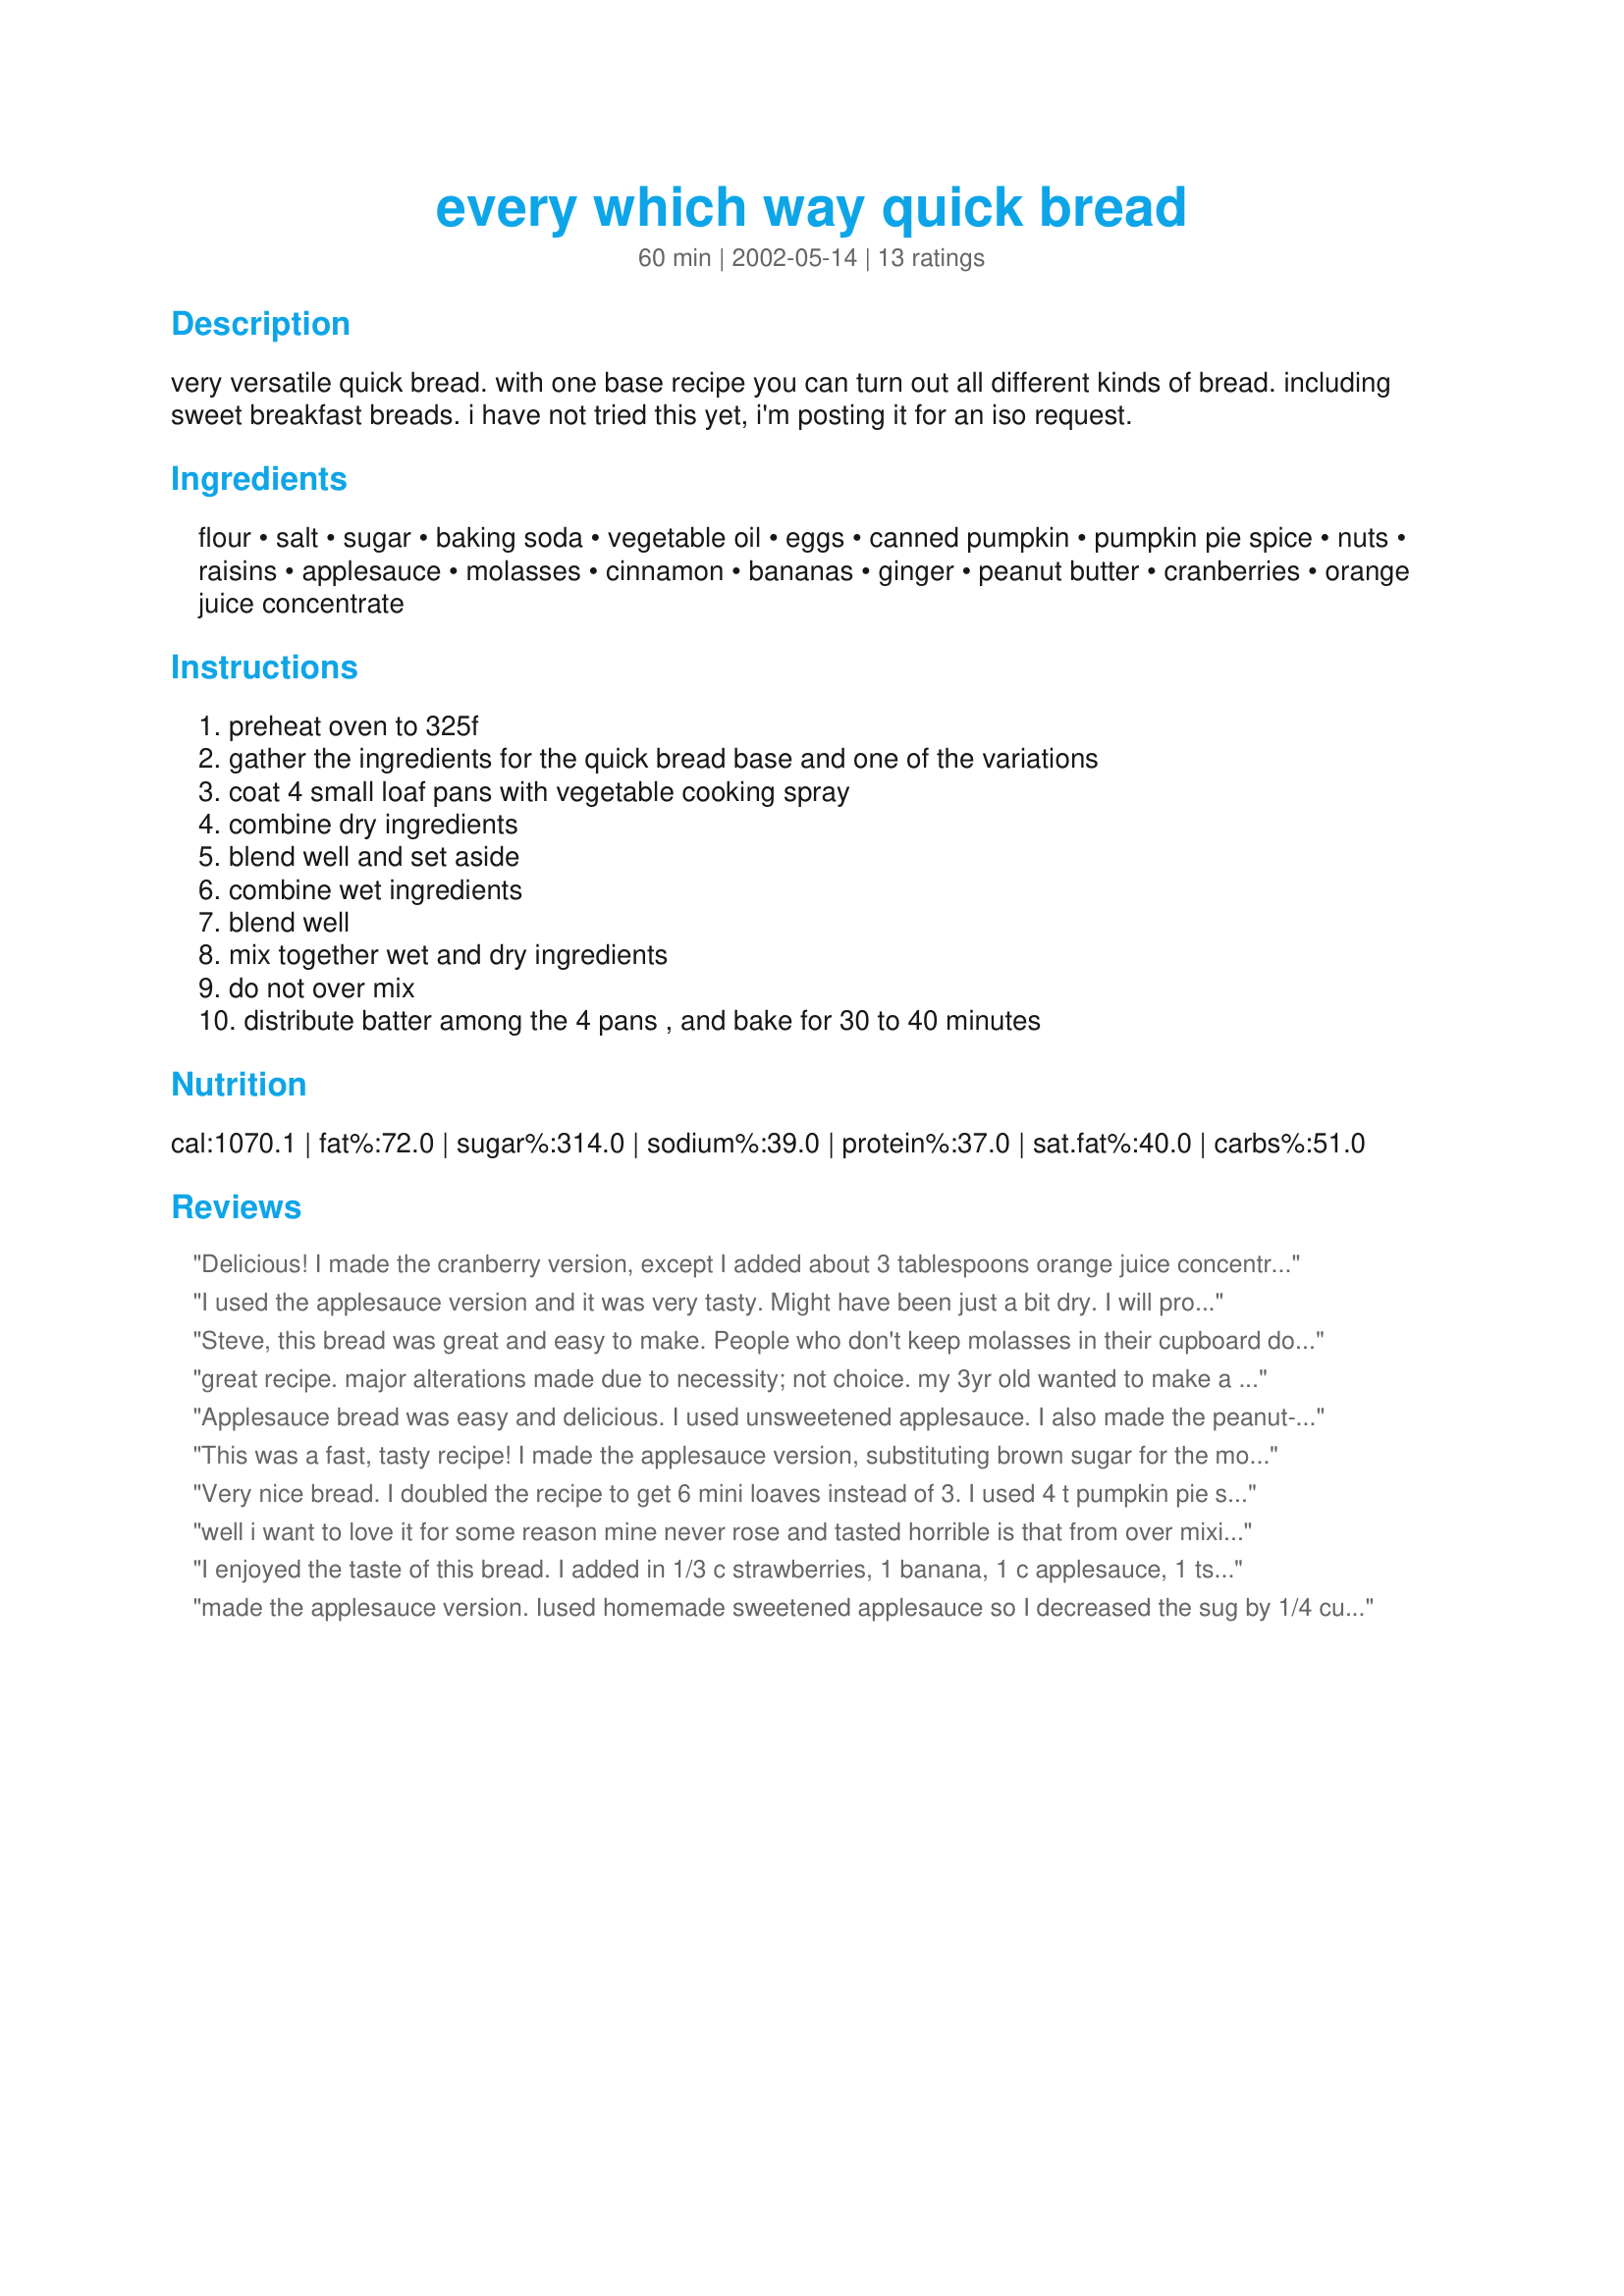
every which way quick bread
Preparation time: 60 minutes

very versatile quick bread. with one base recipe you can turn out all different kinds of bread. including sweet breakfast breads. i have not tried this yet, i'm posting it for an iso request.

Ingredients:
flour, salt, sugar, baking soda, vegetable oil, eggs, canned pumpkin, pumpkin pie spice, nuts, raisins, applesauce, molasses, cinnamon, bananas, ginger, peanut butter, cranberries, orange juice concentrate

Steps:
preheat oven to 325f, gather the ingredients for the quick bread base and one of the variations, coat 4 small loaf pans with vegetable cooking spray, combine dry ingredients, blend well and set aside, combine wet ingredients, blend well, mix together wet and dry ingredients, do not over mix, distribute batter among the 4 pans , and bake for 30 to 40 minutes

Reviews:
Delicious! I made the cranberry version, except I added about 3 tablespoons orange juice concentrate instead of 1, and added about half a cup of ground pecans. Ahhmaaazzinnggg. :)
I used the applesauce version and it was very tasty. Might have been just a bit dry. I will probably add butter next time instead of oil and increase the amount just a tad.
Steve, this bread was great and easy to make.
People who don't keep molasses in their cupboard don't know what they are missing. The applesauce and molasses was fantastic.
I had to bake it longer because I did it in one loaf pan. I will try the other versions too.
Thanks. Dottie5
great recipe. major alterations made due to necessity; not choice. my 3yr old wanted to make a quick bread today like the molasses bread we get at wholefoods so i tried this but had to sub butter for the oil, and did half cup brown sugar and half reg.sugar and 1TB molasses. then realised we had no bread tins so we put it in muffin tins and when just about done topped them with some brown muscavado sugar. they came out incredibly delicious. the rose high like the large muffins in a coffee shop but the centers fell a bit which didnt matter as the taste was, as my daughter put it, "divine". very simple recipe and as stated, versatile. thanks for sharing.
Applesauce bread was easy and delicious. I used unsweetened applesauce. I also made the peanut-butter banana bread, which was fantastic!
This was a fast, tasty recipe! I made the applesauce version, substituting brown sugar for the molasses. I made one full loaf, and did not find any problems with rising. It is very dense and moist though.I baked at 350 degrees F for about an hour, and I think it could have used just a tad more time in the oven. Next time I will cut back on the sugar to 3/4 cup. Thanks for an easy and delicious recipe!
Very nice bread. I doubled the recipe to get 6 mini loaves instead of 3. I used 4 t pumpkin pie spice with the applesauce molasses mix. Was done at 30 minutes when cooked at 350 in my oven. Thank you so much for the keeper. That's a couple more gifts done. =)
well i want to love it for some reason mine never rose and tasted horrible is that from over mixing?? i really am looking forward to trying this again but worried about if it will turn out any suggestions?
I enjoyed the taste of this bread. I added in 1/3 c strawberries, 1 banana, 1 c applesauce, 1 tsp cinnamon for my variation. It did not rise as much as I thought it would and just made 1 large loaf as opposed to 4 smaller ones. (When poured into 4 small pans it did not look to be enough for 4) so used a regular loaf pan. The texture and taste were very nice. Thank you. photo incl.
made the applesauce version. Iused homemade sweetened applesauce so I decreased the sug by 1/4 cup. I lved it, family loved it, i'm making more tonight!
Quick, easy, excellent texture, all around good. I made the banana version, and it was liked by all. Making it in 2 loaf pans worked very well too. I'm looking fwd to trying the other variations.
I tried this with the cranberry, and the applesauce. Good taste, but a rather flat loaf. Nicely moist though. Made only three small loaf pans for me. Everyone liked the taste, but I was a little disppointed with the appearance.
I hate to do this since everybody else liked the recipe so much, but I followed the instructions to the letter and I ended up with a weird lump that was anything but breadlike. Try this recipe at your own risk.
